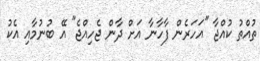
ތުއްތު ކުއްޖާ "އަހަރެން ފާހާނާ އަށް ދާން ޖެހިއްޖެ" އޭ ބުނުމާއި އެކު